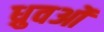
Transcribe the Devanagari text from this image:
ध्रुवओं